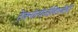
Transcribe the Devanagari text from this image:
टेक्नॉलॉजीविषयीची